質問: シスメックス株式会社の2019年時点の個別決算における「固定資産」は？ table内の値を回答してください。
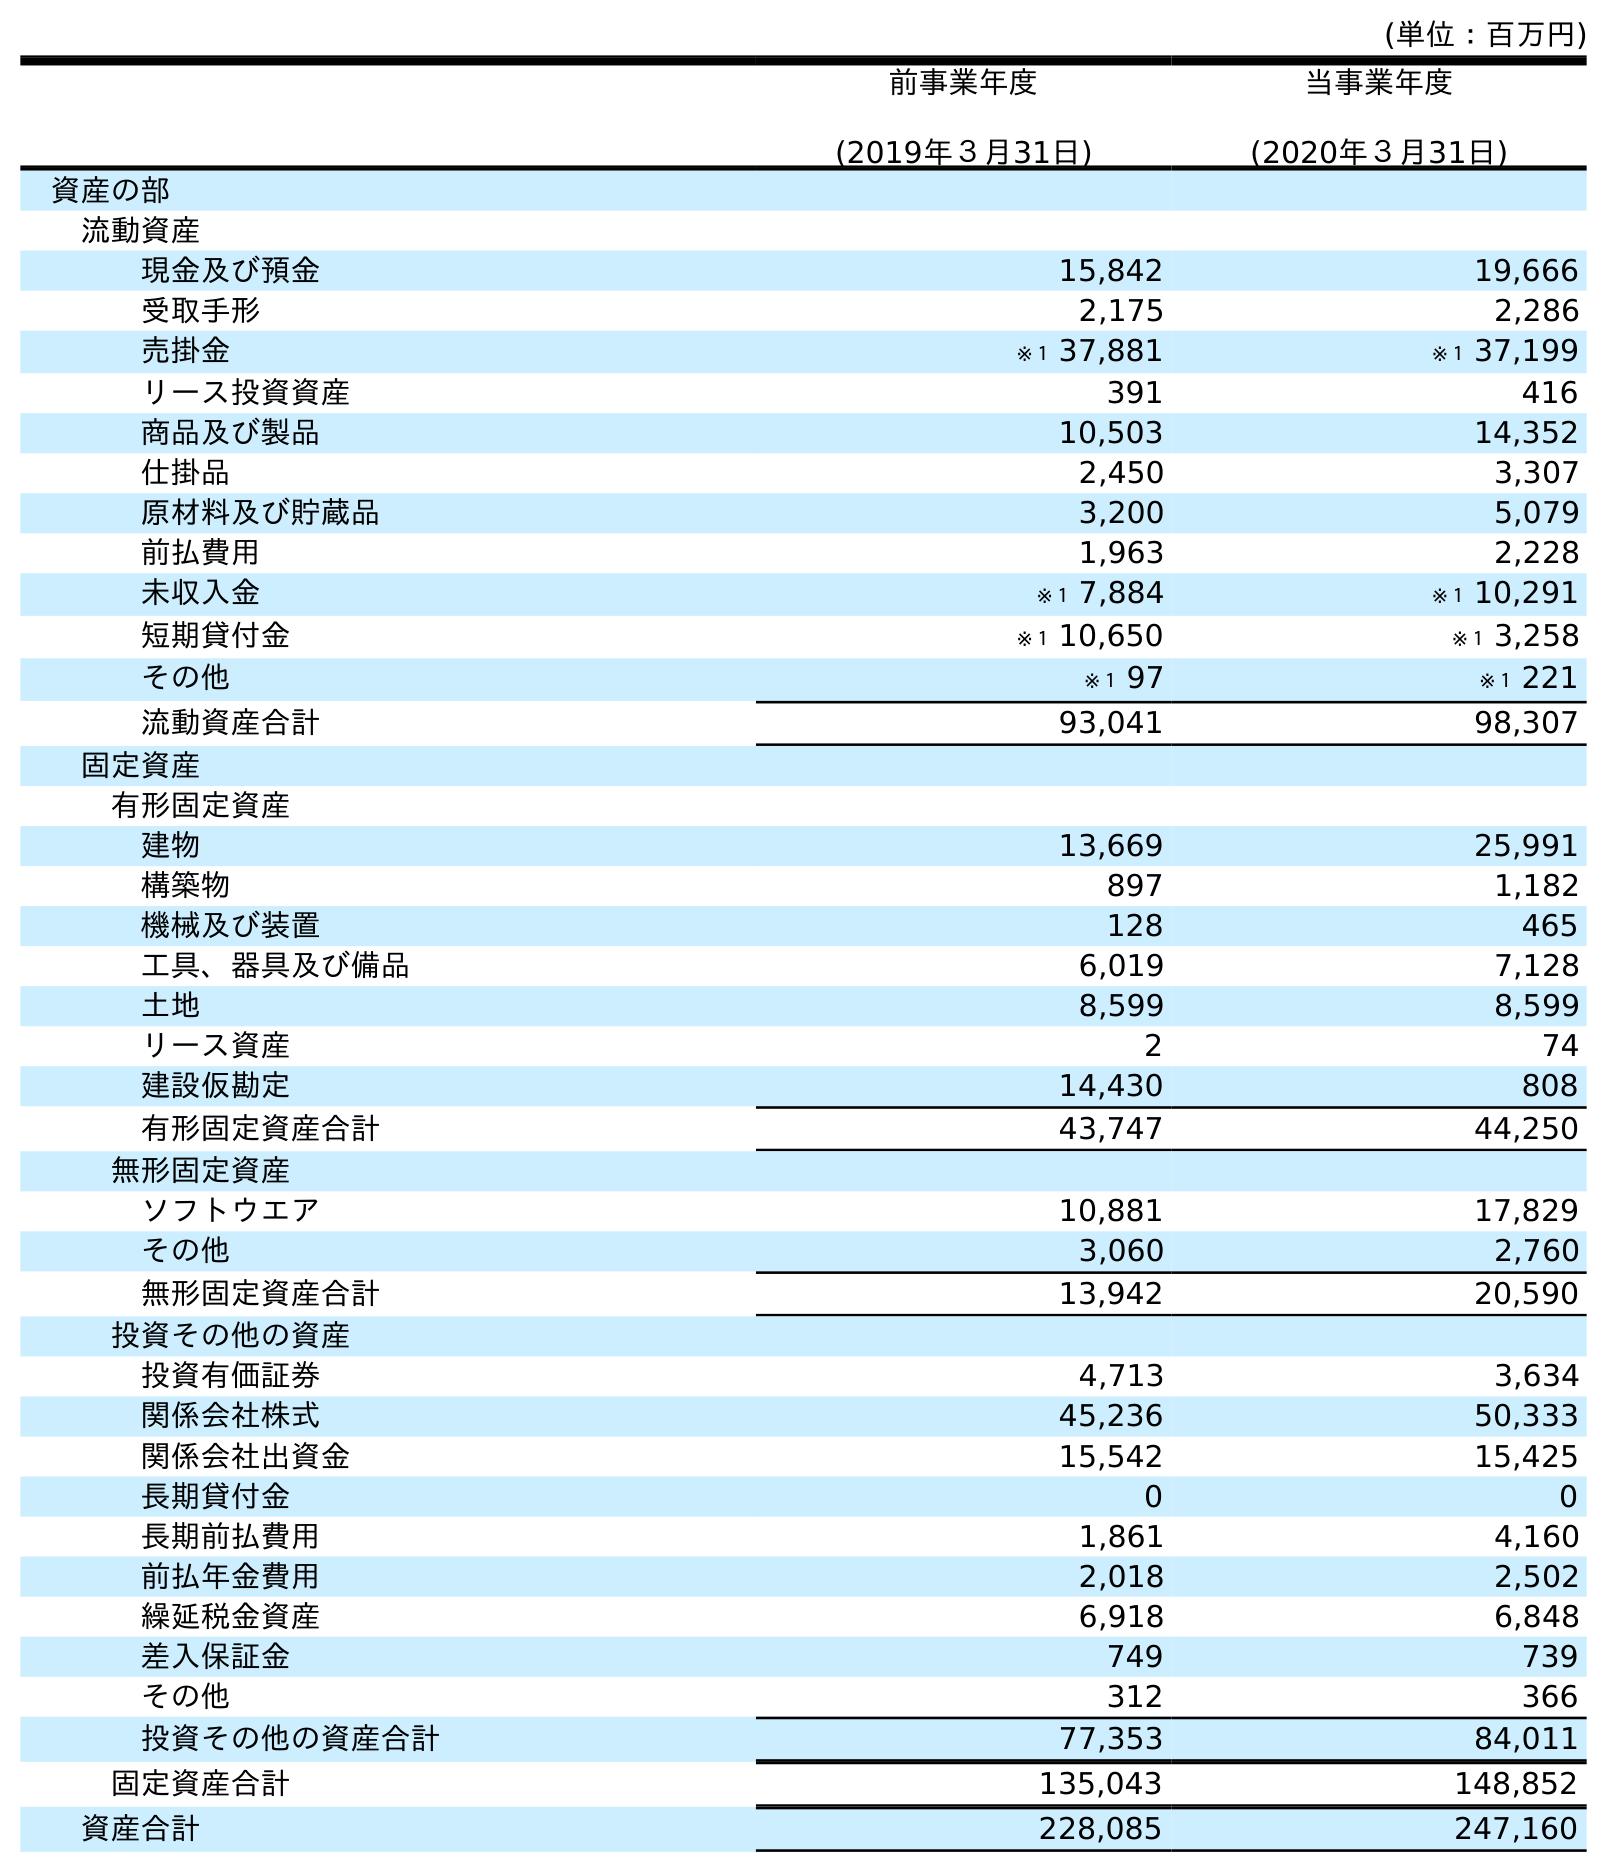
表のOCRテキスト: (単位：百万円) 前事業年度 (2019年３月31日) 当事業年度 (2020年３月31日) 資産の部 流動資産 現金及び預金 15,842 19,666 受取手形 2,175 2,286 売掛金 ※１ 37,881 ※１ 37,199 リース投資資産 391 416 商品及び製品 10,503 14,352 仕掛品 2,450 3,307 原材料及び貯蔵品 3,200 5,079 前払費用 1,963 2,228 未収入金 ※１ 7,884 ※１ 10,291 短期貸付金 ※１ 10,650 ※１ 3,258 その他 ※１ 97 ※１ 221 流動資産合計 93,041 98,307 固定資産 有形固定資産 建物 13,669 25,991 構築物 897 1,182 機械及び装置 128 465 工具、器具及び備品 6,019 7,128 土地 8,599 8,599 リース資産 2 74 建設仮勘定 14,430 808 有形固定資産合計 43,747 44,250 無形固定資産 ソフトウエア 10,881 17,829 その他 3,060 2,760 無形固定資産合計 13,942 20,590 投資その他の資産 投資有価証券 4,713 3,634 関係会社株式 45,236 50,333 関係会社出資金 15,542 15,425 長期貸付金 0 0 長期前払費用 1,861 4,160 前払年金費用 2,018 2,502 繰延税金資産 6,918 6,848 差入保証金 749 739 その他 312 366 投資その他の資産合計 77,353 84,011 固定資産合計 135,043 148,852 資産合計 228,085 247,160
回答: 135,043